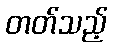
တတ်သည့်